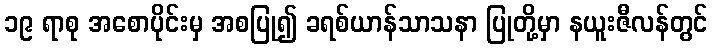
၁၉ ရာစု အစောပိုင်းမှ အစပြု၍ ခရစ်ယာန်သာသနာ ပြုတို့မှာ နယူးဇီလန်တွင်